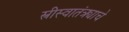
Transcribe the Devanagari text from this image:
स्त्रीस्वातंत्र्याचे